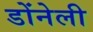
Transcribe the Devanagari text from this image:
डोंनेली